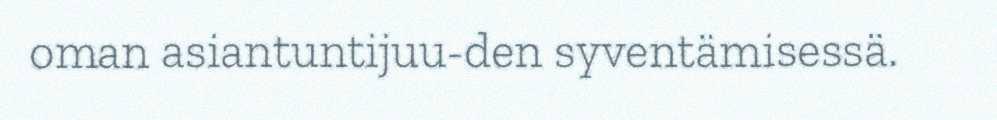
oman asiantuntijuu-den syventämisessä.